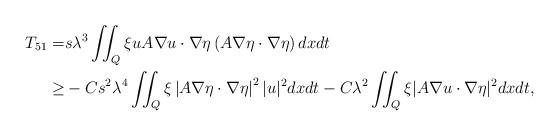
LaTeX: \begin{align*}T_{51}=&s \lambda^3 \iint_Q \xi u A \nabla u \cdot \nabla \eta \left( A \nabla \eta \cdot \nabla \eta\right) dx dt\\\geq&-Cs^2 \lambda^4 \iint_Q \xi\left|A \nabla \eta \cdot \nabla \eta\right|^2|u|^2 dx dt-C\lambda^2 \iint_Q \xi| A\nabla u \cdot\nabla \eta|^2 dx dt,\end{align*}